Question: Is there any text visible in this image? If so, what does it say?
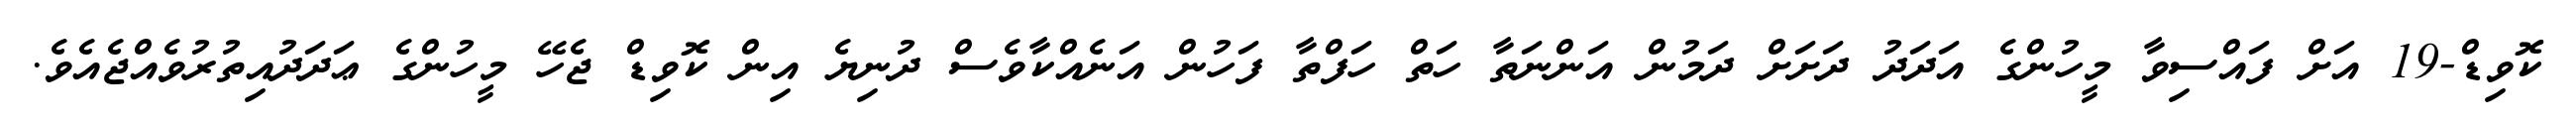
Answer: ކޮވިޑް-19 އަށް ފައްސިވާ މީހުންގެ އަދަދު ދަށަށް ދަމުން އަންނަތާ ހަތް ހަފްތާ ފަހުން އަނެއްކާވެސް ދުނިޔެ އިން ކޮވިޑް ޖެހޭ މީހުންގެ ޢަދަދުއިތުރުވެއްޖެއެވެ.